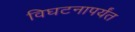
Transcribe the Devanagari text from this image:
विघटनापर्यंत